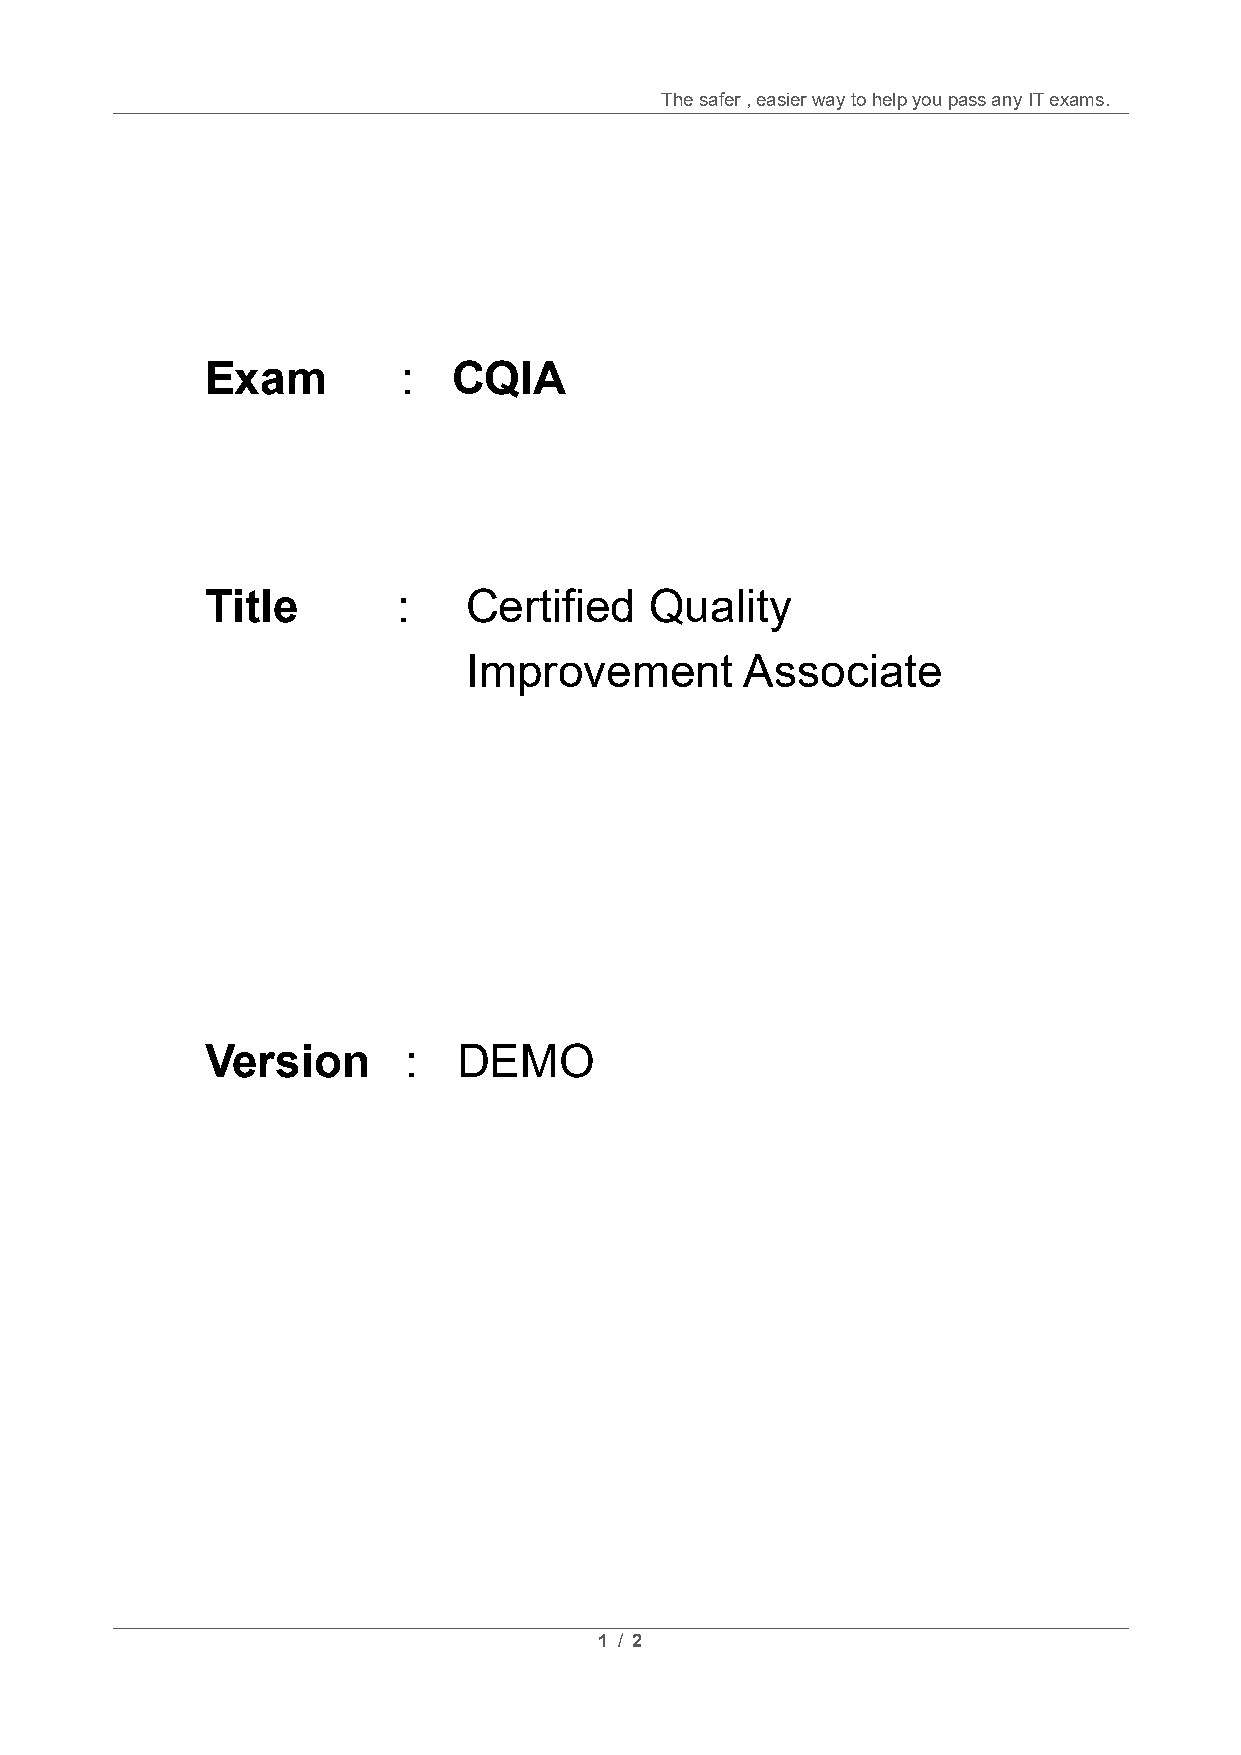
The safer , easier way to help you pass any IT exams.
 Exam         :  CQIA
 Title       :    Certified   Quality
 Improvement       Associate
 Version      :  DEMO
 1 / 2